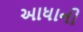
આધાની